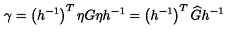
\gamma = \left( h ^ { - 1 } \right) ^ { T } \eta G \eta h ^ { - 1 } = \left( h ^ { - 1 } \right) ^ { T } \widehat { G } h ^ { - 1 }